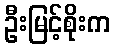
ဦးမြင့်စိုးက